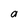
Character: a